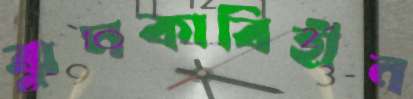
ঝুমকাবিহীন